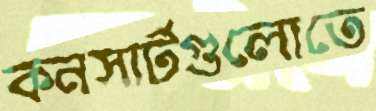
কনসার্টগুলোতে